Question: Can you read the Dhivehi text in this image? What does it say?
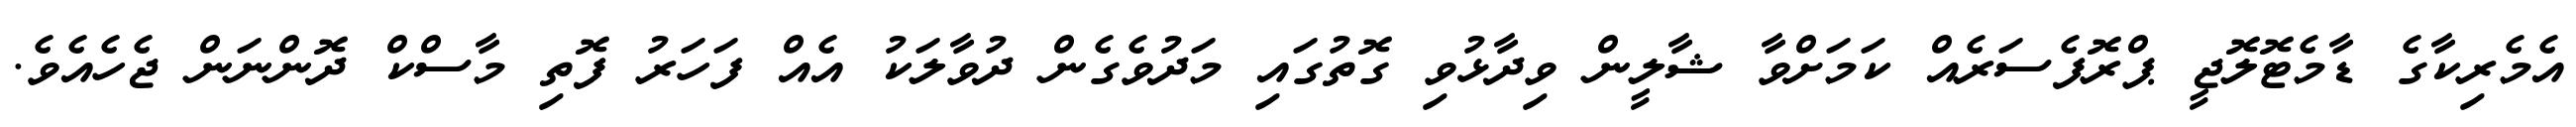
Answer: އެމެރިކާގެ ޑާމެޓޮލޮޖީ ޕްރޮފެސަރެއް ކަމަށްވާ ޝާލީން ވިދާޅުވި ގޮތުގައި މަދުވެގެން ދުވާލަކު އެއް ފަހަރު ފޮތި މާސްކް ދޮންނަން ޖެހެއެވެ.